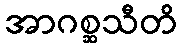
အာဂစ္ဆသီတိ